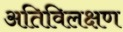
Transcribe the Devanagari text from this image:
अतिविलक्षण